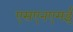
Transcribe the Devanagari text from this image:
एसएनएमई